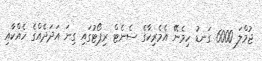
ޖުމްލަ 6000 ގަނޑު ހިމެނޭ އެމެރިކާގެ ސެނެޓް ރިޕޯޓުގައި ގިނަ އަދަދެއްގެ ހެއްކާއި